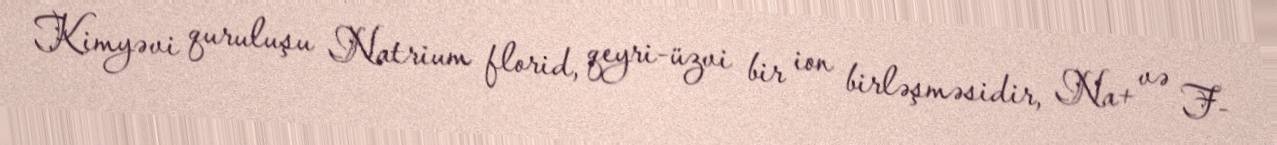
Kimyəvi quruluşu Natrium florid, qeyri-üzvi bir ion birləşməsidir, Na+ və F-